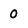
Character: 0